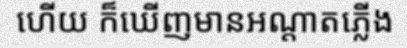
ហើយ ក៏ឃើញមានអណ្តាតភ្លើង